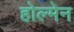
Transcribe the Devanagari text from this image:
होल्मेन